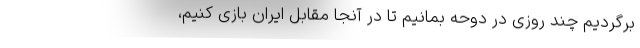
برگردیم چند روزی در دوحه بمانیم تا در آنجا مقابل ایران بازی کنیم،